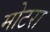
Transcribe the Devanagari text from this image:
मोटरा